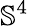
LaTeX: {\mathbb S}^{4}